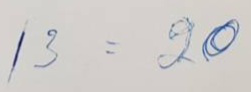
13 = 20